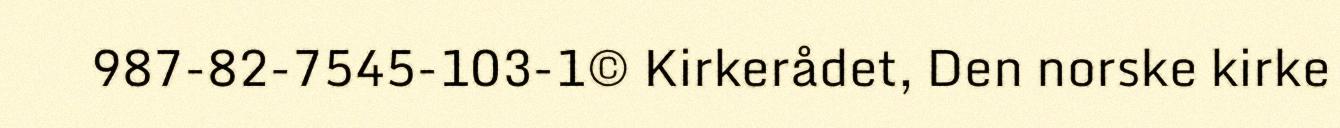
987-82-7545-103-1© Kirkerådet, Den norske kirke